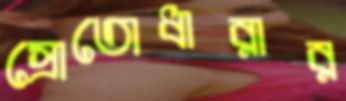
স্রোতোধারার